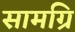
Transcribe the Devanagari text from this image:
सामग्रि